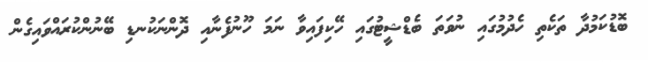
ބޮޑުކަމުދާ ތަކެތި ހެދުމުގައި ނުވަތަ ބެޑްޝީޓުގައި ހޭކިފައިވާ ނަމަ ހޫނުފެނާއި ދޮންނަކުނޑި ބޭނުންކުރައްވައިގެން